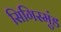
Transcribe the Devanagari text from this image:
सिगिस्मुंड